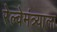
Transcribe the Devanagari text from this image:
रेल्वेमंत्र्याला